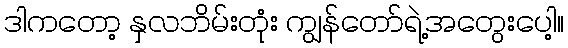
ဒါကတော့ နှလဘိမ်းတုံး ကျွန်တော်ရဲ့အတွေးပေါ့။